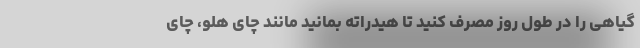
گیاهی را در طول روز مصرف کنید تا هیدراته بمانید مانند چای هلو، چای